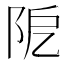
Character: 阸